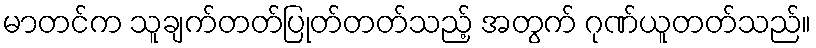
မာတင်က သူချက်တတ်ပြုတ်တတ်သည့် အတွက် ဂုဏ်ယူတတ်သည်။